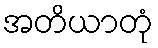
အတိယာတုံ